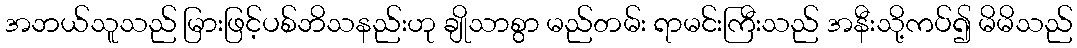
အဘယ်သူသည် မြားဖြင့်ပစ်ဘိသနည်းဟု ချိုသာစွာ မည်တမ်း ရာမင်းကြီးသည် အနီးသို့ကပ်၍ မိမိသည်